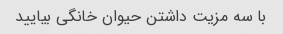
با سه مزیت داشتن حیوان خانگی بیایید